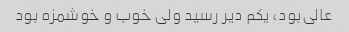
عالی‌بود، یکم دیر رسید ولی خوب و خوشمزه بود